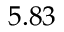
5 . 8 3